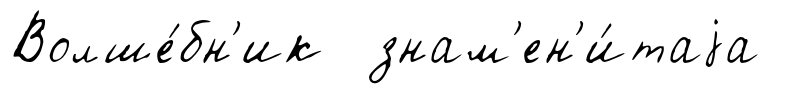
Волше́бн'ик знам'ен'и́таjа